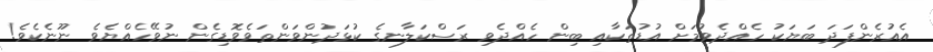
އެއުރެންފަދަ ބަޔަކު ހެއްދެވުމަށް އުޑުތަކާއި ބިން ހެއްދެވި ރަސްކަލާނގެ ކުޅަދުންވަންތަވެވޮޑިގެން ނުވޭހެއްޔެވެ ނޫނެކެވެ!